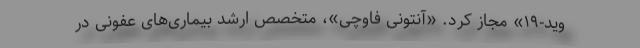
وید-۱۹» مجاز کرد. «آنتونی فاوچی»، متخصص ارشد بیماری‌های عفونی در